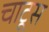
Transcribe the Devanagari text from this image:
चाटूस